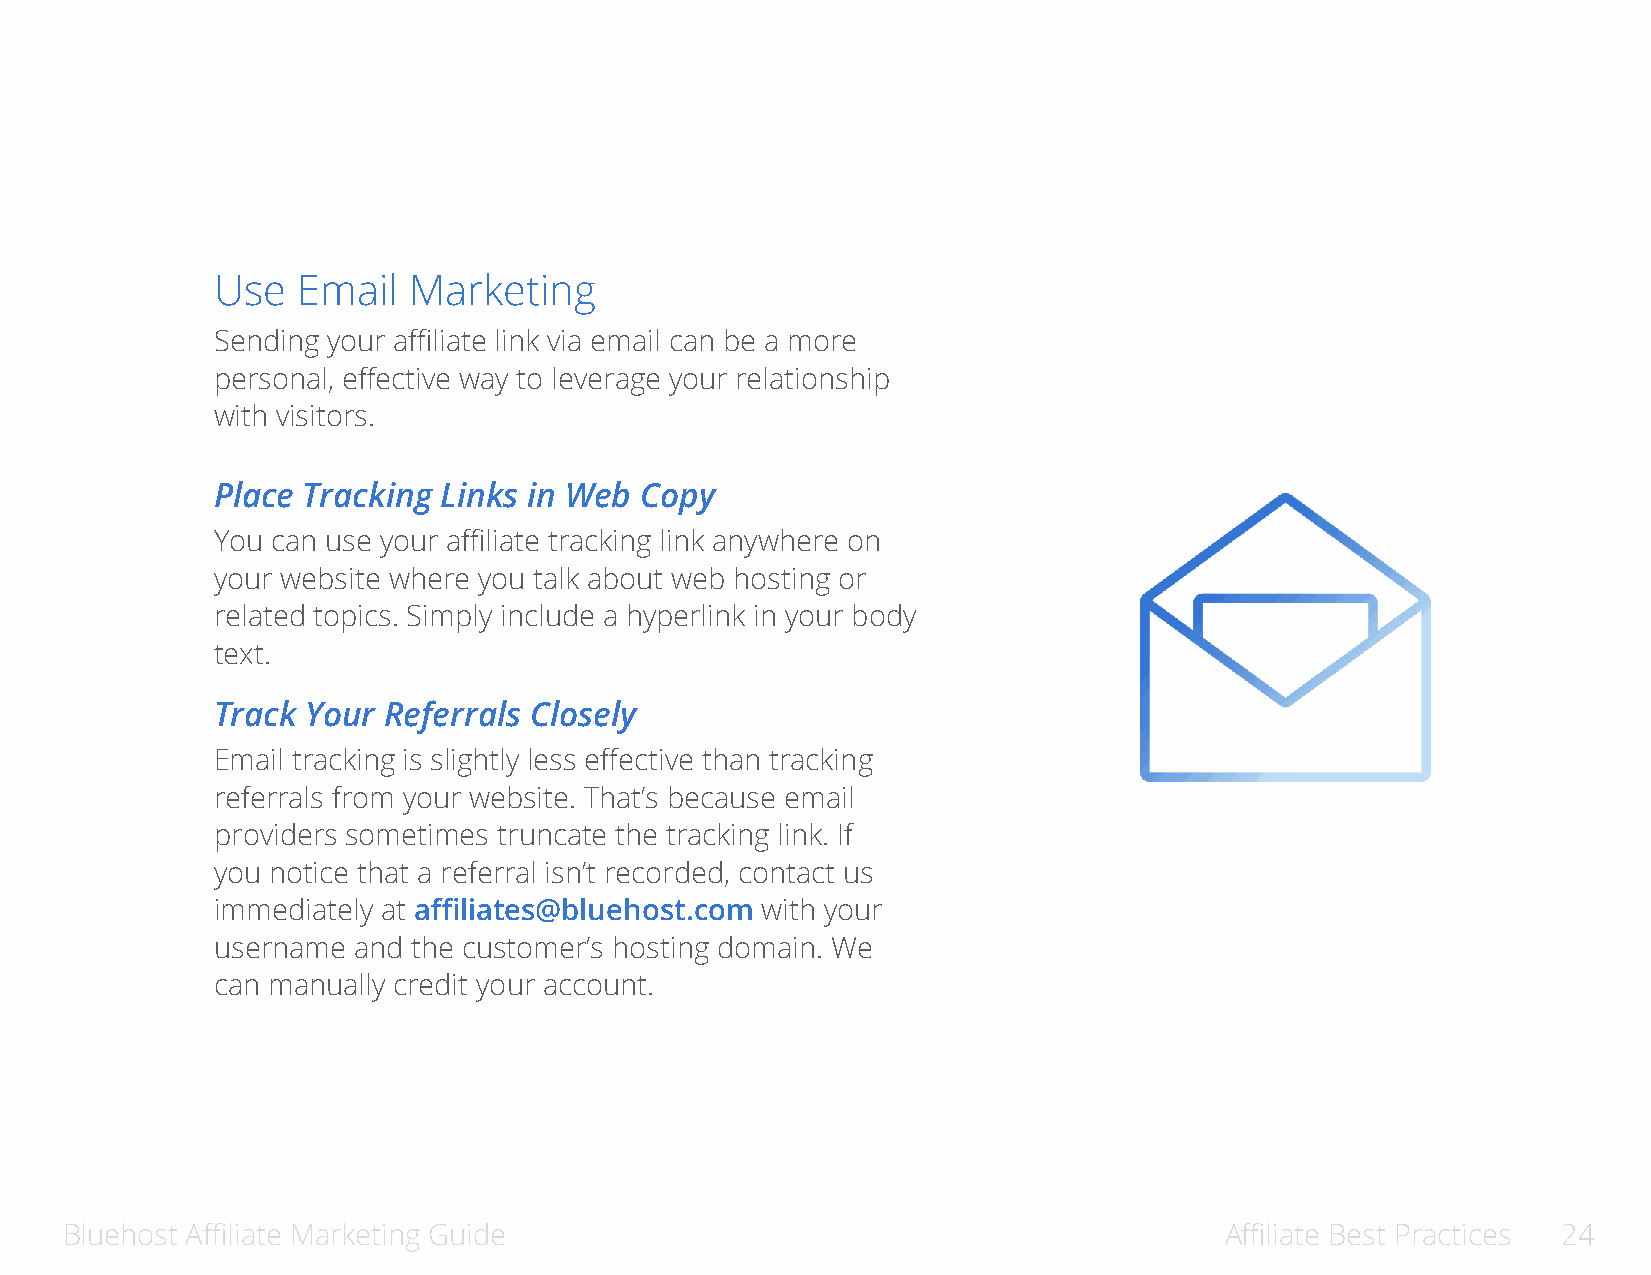
Use   Email  Marketing
 Sending your affiliate link via email can be a more
 personal, effective way to leverage your relationship
 with visitors.
 Place Tracking Links in Web Copy
 You can use your affiliate tracking link anywhere on
 your website where you talk about web hosting or
 related topics. Simply include a hyperlink in your body
 text.
 Track Your Referrals Closely
 Email tracking is slightly less effective than tracking
 referrals from your website. That’s because email
 providers sometimes truncate the tracking link. If
 you notice that a referral isn’t recorded, contact us
 immediately at affiliates@bluehost.com with your
 username and the customer’s hosting domain. We
 can manually credit your account.
 Bluehost Affiliate Marketing Guide                                           Affiliate Best Practices 24